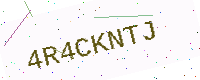
Text: 4R4CKNTJ